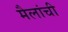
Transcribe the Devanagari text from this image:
मैलांची